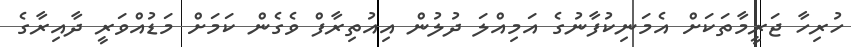
ހުރިހާ ޖަރީމާތަކަށް އެމަނިކުފާނުގެ އަމިއްލަ ދުލުން އިއުތިރާފް ވެގެން ކަމަށް މަޑުއްވަރީ ދާއިރާގެ